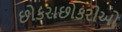
છોકરાછોકરીઓ